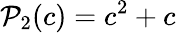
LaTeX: \mathcal{P}_{2}(c)=c^{2}+c